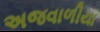
અજવાળીયા